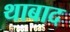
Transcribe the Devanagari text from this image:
थाबाद